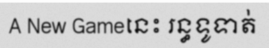
A New Gameនេះ រន្ធទូទាត់